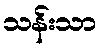
သန်းသာ